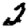
Digit: 2